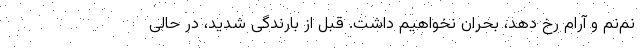
نم‌نم و آرام رخ دهد، بحران نخواهیم داشت. قبل از بارندگی شدید، در حالی